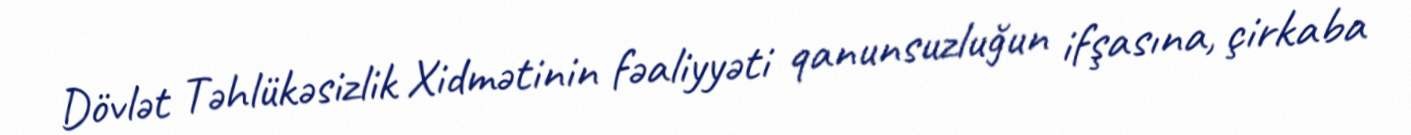
Dövlət Təhlükəsizlik Xidmətinin fəaliyyəti qanunsuzluğun ifşasına, çirkaba